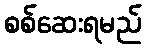
စစ်ဆေးရမည်